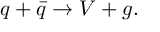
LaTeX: q + \bar { q } \rightarrow V + g .